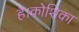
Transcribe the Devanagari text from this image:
है।कोशिका